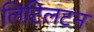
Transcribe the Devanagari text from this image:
लिटिलटन